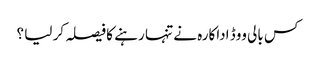
کس بالی ووڈ اداکارہ نے تنہا رہنے کا فیصلہ کر لیا ؟